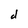
Character: d